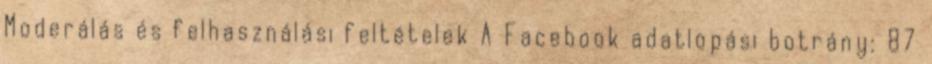
Moderálás és felhasználási feltételek A Facebook adatlopási botrány: 87